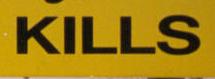
kills